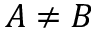
A \ne B